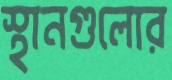
স্থানগুলোর